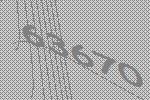
63670